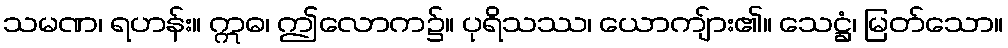
သမဏ၊ ရဟန်း။ ဣဓ၊ ဤလောက၌။ ပုရိသဿ၊ ယောကျ်ား၏။ သေဋ္ဌံ၊ မြတ်သော။